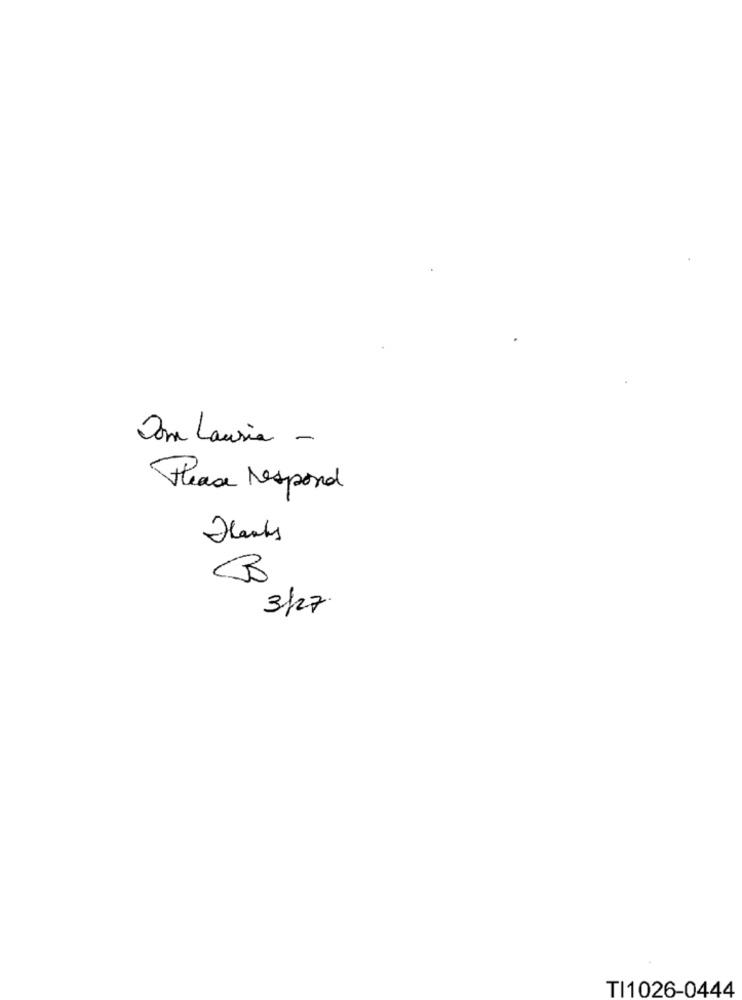
Som Lauria -
Please respond
Thanks
3/27
TI1026-0444